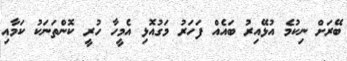
ބޭރަށް ނިކުމެ އުޅޭއިރު ބައެއް ފަހަރު މަގުއޮޅި އެމީހާ ހުރީ ކޮންތަނަކު ކަމާއި